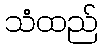
သံထည်